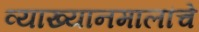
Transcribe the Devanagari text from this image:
व्याख्यानमालांचे